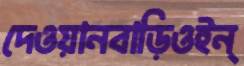
দেওয়ানবাড়িওইন্